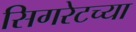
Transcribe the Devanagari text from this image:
सिगरेटच्या